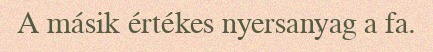
A másik értékes nyersanyag a fa.